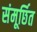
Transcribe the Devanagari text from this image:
संमूर्छित